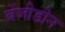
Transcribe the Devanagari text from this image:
बेंजीडीन